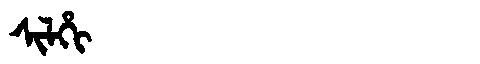
Manchu: ᠰᡳᠯᡥᡳ
Romanization: SILHI